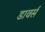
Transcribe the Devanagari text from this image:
डावर्स